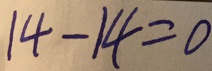
1 4 - 1 4 = 0